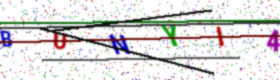
Text: BUNYI4